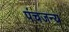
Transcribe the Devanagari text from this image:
पंचजन्य